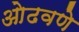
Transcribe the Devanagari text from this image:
ओढवणे